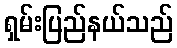
ရှမ်းပြည်နယ်သည်